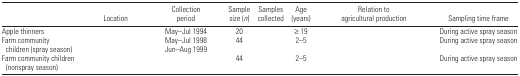
<table><thead><tr><td>[EMPTY_CELL]</td><td><b>Location</b></td><td><b>Collection period</b></td><td><b>Sample size (<i>n</i>)</b></td><td><b>Samples collected</b></td><td><b>Age (years)</b></td><td><b>Relation to agricultural production</b></td><td><b>Sampling time frame</b></td></tr></thead><tbody><tr><td>Apple thinners</td><td>[EMPTY_CELL]</td><td>May–Jul 1994</td><td>20</td><td>[EMPTY_CELL]</td><td>≥19</td><td>[EMPTY_CELL]</td><td>During active spray season</td></tr><tr><td>Farm community children (spray season)</td><td>[EMPTY_CELL]</td><td>May–Jul 1998Jun–Aug 1999</td><td>44</td><td>[EMPTY_CELL]</td><td>2–5</td><td>[EMPTY_CELL]</td><td>During active spray season</td></tr><tr><td>Farm community children (nonspray season)</td><td>[EMPTY_CELL]</td><td>[EMPTY_CELL]</td><td>44</td><td>[EMPTY_CELL]</td><td>2–5</td><td>[EMPTY_CELL]</td><td>During active spray season</td></tr></tbody></table>